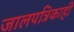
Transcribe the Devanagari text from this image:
जालपत्रिकाही